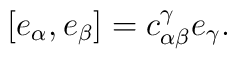
[e_\alpha, e_\beta] = c^\gamma_{\alpha \beta} e_\gamma.